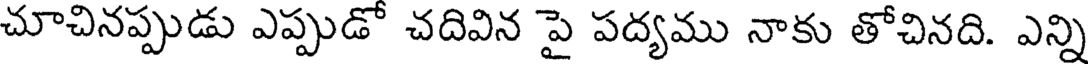
చూచినప్పుడు ఎప్పుడో చదివిన పై పద్యము నాకు తోచినది. ఎన్ని